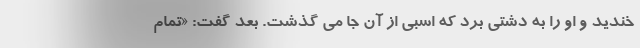
خندید و او را به دشتی برد که اسبی از آن جا می گذشت. بعد گفت: «تمام